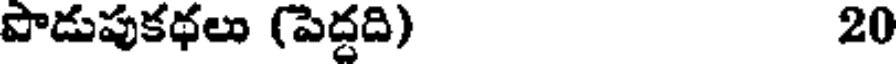
పొడుపుకథలు (పెద్దది) 20